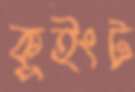
কুইংট